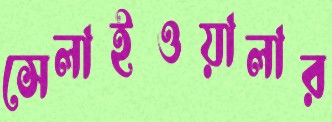
সেলাইওয়ালার